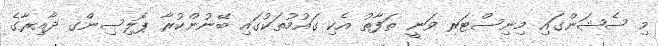
މި ސެޝަންގައި މިނިސްޓަރ ވަނީ ތަފާތު އެކި ގައުމުތަކުގައި ބޭނުންކުރާ ޕޮލިސިންގ ދާއިރާގެ